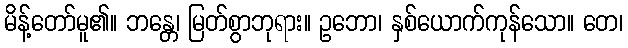
မိန့်တော်မူ၏။ ဘန္တေ၊ မြတ်စွာဘုရား။ ဥဘော၊ နှစ်ယောက်ကုန်သော။ တေ၊